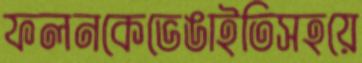
ফলনকেভেঙাইতিসহয়ে